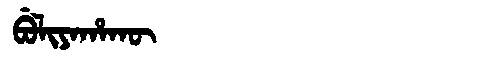
Manchu: ᠪᡠᠯᡳᠶᠠᡥᠠᡴᡡ
Romanization: BULIYAHAKŪ